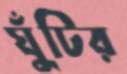
ঘুঁটির